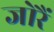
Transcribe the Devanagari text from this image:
जोरैं